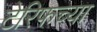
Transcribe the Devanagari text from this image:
टेरिफच्या